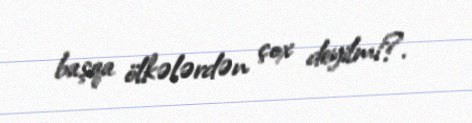
başqa ölkələrdən çox deyilmi?.